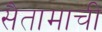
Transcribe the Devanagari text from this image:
सैतामाची